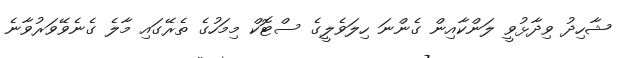
ޝާހިދު ވިދާޅުވީ ލަންކާއިން ގެންނަ ހިލަވެލީގެ ސްޓޮކް މިމަހުގެ ތެރޭގައި މާލެ ގެނެވޭވަރުވާނެ